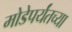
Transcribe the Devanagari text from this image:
मोडेपर्यंतच्या